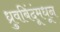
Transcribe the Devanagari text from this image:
ध्रुवबिंदूंमधून